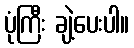
ပုံကြီး ချဲ့ပေးပါ။